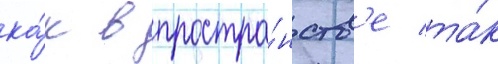
ка́к в простра́нств'е та́к